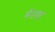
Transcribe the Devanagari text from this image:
मेस्ता